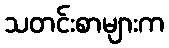
သတင်းစာများက